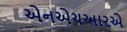
એનએચઆરએ